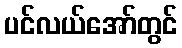
ပင်လယ်အော်တွင်